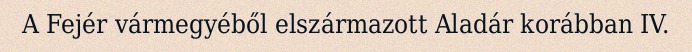
A Fejér vármegyéből elszármazott Aladár korábban IV.